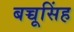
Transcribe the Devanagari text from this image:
बच्चूसिंह